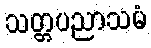
သတ္တပညာသမံ